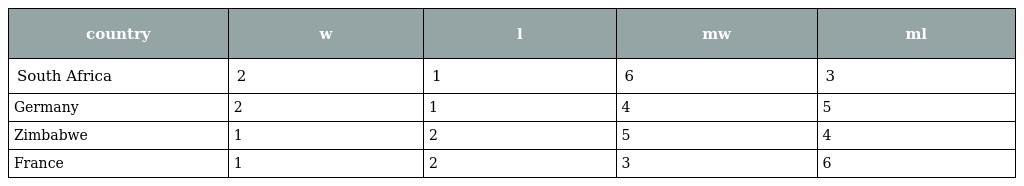
| country | w | l | mw | ml |
 | --- | --- | --- | --- | --- |
 | South Africa | 2 | 1 | 6 | 3 |
 | Germany | 2 | 1 | 4 | 5 |
 | Zimbabwe | 1 | 2 | 5 | 4 |
 | France | 1 | 2 | 3 | 6 |